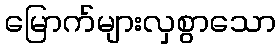
မြောက်များလှစွာသော